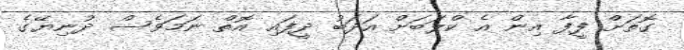
ގޮތަށް ފީފާ އިން އެ ކްލަބަށް އަދަބު ދީފައި އޮތް ނަމަވެސް ދުނިޔޭގެ